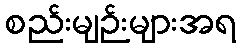
စည်းမျဉ်းများအရ